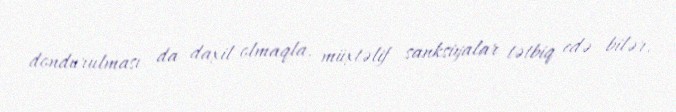
dondurulması da daxil olmaqla, müxtəlif sanksiyalar tətbiq edə bilər.